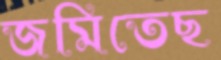
জমিতেছ